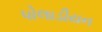
પોલાડીયન